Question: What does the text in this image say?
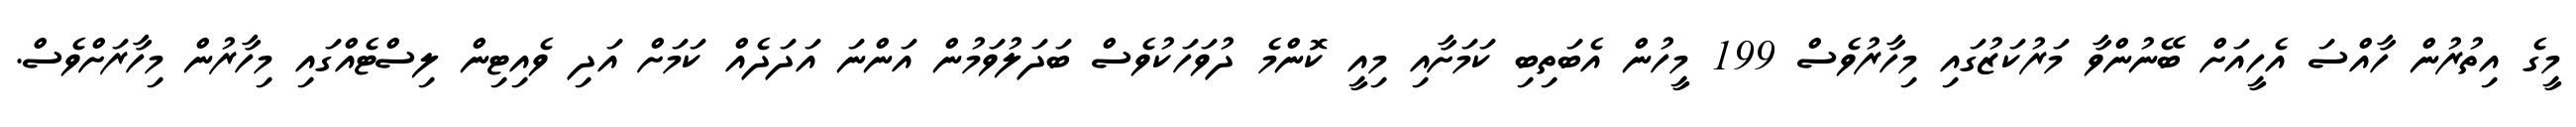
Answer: މީގެ އިތުރުން ހާއްސަ އެހީއަށް ބޭނުންވާ މަރުކަޒުގައި މިހާރުވެސް 199 މީހުން އެބަތިބި ކަމަށާއި މިއީ ކޮންމެ ދުވަހަކުވެސް ބަދަލުވަމުން އަންނަ އަދަދެއް ކަމަށް އަދި ވެއިޓިން ލިސްޓެއްގައި މިހާރުން މިހާރަށްވެސް.